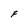
Character: F